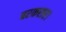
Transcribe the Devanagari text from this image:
बरकरार।